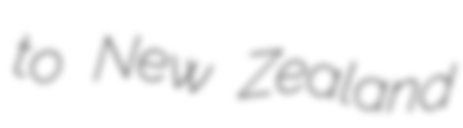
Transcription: to New Zealand